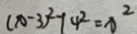
( x - 3 ) ^ { 2 } - 1 4 ^ { 2 } = x ^ { 2 }